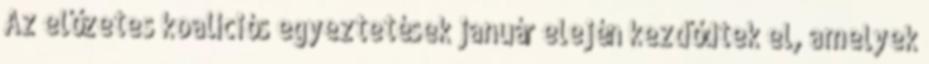
Az előzetes koalíciós egyeztetések január elején kezdődtek el, amelyek